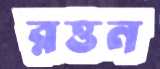
রত্তন